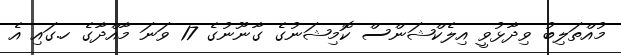
މުއްތަލިބު ވިދާޅުވީ އިލެކްޝަންސް ކޮމިޝަނުގެ ގާނޫނުގެ 17 ވަނަ މާއްދާގެ ހ.ގައި އެ